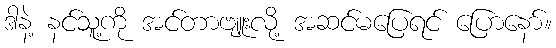
ဒါနဲ့ နင်သူ့ကို အင်တာဗျူးလို့ အဆင်မပြေရင် ပြောနော်။